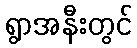
ရွာအနီးတွင်